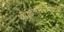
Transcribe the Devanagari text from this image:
वीडियॊसाझेदारी